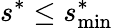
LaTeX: s^{*}\le s_{\mathrm{min}}^{*}